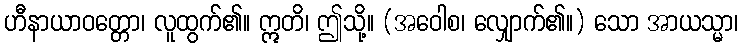
ဟီနာယာဝတ္တော၊ လူထွက်၏။ ဣတိ၊ ဤသို့။ (အဝေါစ၊ လျှောက်၏။) သော အာယသ္မာ၊